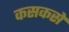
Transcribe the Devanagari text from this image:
कसकसें